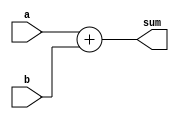
module Adder #(
 parameter WIDTH =8) 
    (
  input [WIDTH-1:0] a,
  input [WIDTH-1:0] b,
  output [WIDTH-1:0] sum) ; 
  assign sum=a+b; 
endmodule
 
module Multiplier #(
 parameter WIDTH =8) 
    (
  input [WIDTH-1:0] a,
  input [WIDTH-1:0] b,
  output [WIDTH-1:0] product) ; 
  assign product=a*b; 
endmodule
 
module TopModule #(
 parameter AdderWidth =8,
 parameter MultiplierWidth =8) (
  input [7:0] x,
  input [7:0] y,
  output [7:0] sum,
  output [7:0] product) ; 
    
   wire [AdderWidth-1:0] adder_a ; 
   wire [AdderWidth-1:0] adder_b ;  
   wire [MultiplierWidth-1:0] multiplier_a ; 
   wire [MultiplierWidth-1:0] multiplier_b ;   
   reg a ; 
   reg b ;  
  Adder #(AdderWidth)adder_instance(adder_a,adder_b,sum);
  Adder #(AdderWidth)another_adder_instance(x,y,sum); 
  Multiplier #(MultiplierWidth)multiplier_instance(multiplier_a,multiplier_b,product);
  Multiplier #(MultiplierWidth)another_multiplier_instance(x,y,product); initial
    begin 
      a =0;
      b =1;
    end  
endmodule